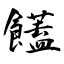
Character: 饚